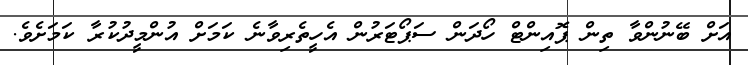
އަށް ބޭނުންވާ ތިން ޕޮއިންޓް ހޯދަން ސަޕޯޓަރުން އެހީތެރިވާނެ ކަމަށް އުންމީދުކުރާ ކަމަށެވެ.